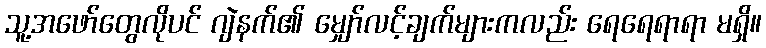
သူ့အဖော်တွေလိုပင် ဂျဲနက်၏ မျှော်လင့်ချက်များကလည်း ရေရေရာရာ မရှိ။